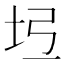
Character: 𡉶